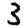
Digit: 3